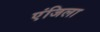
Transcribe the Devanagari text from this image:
एंजिला